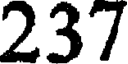
237